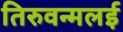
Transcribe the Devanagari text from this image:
तिरुवन्मलई